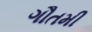
ગૌતમી